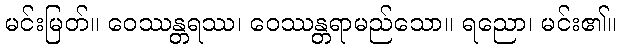
မင်းမြတ်။ ဝေဿန္တရဿ၊ ဝေဿန္တရာမည်သော။ ရညော၊ မင်း၏။